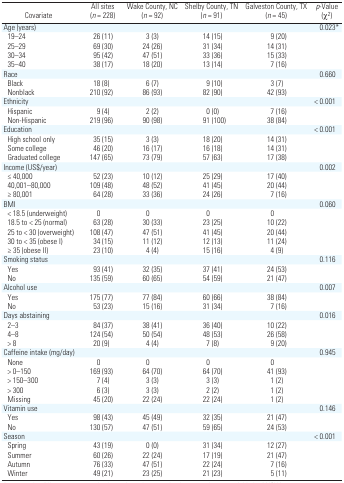
<table><thead><tr><td><b>Covariate</b></td><td><b>All sites (<i>n</i> = 228)</b></td><td><b>Wake County, NC (<i>n</i> = 92)</b></td><td><b>Shelby County, TN (<i>n</i> = 91)</b></td><td><b>Galveston County, TX (<i>n</i> = 45)</b></td><td><b><i>p</i>-Value (χ<sup>2</sup>)</b></td></tr></thead><tbody><tr><td>Age (years)</td><td></td><td></td><td></td><td></td><td>0.023*</td></tr><tr><td> 19–24</td><td>26 (11)</td><td>3 (3)</td><td>14 (15)</td><td>9 (20)</td><td></td></tr><tr><td> 25–29</td><td>69 (30)</td><td>24 (26)</td><td>31 (34)</td><td>14 (31)</td><td></td></tr><tr><td> 30–34</td><td>95 (42)</td><td>47 (51)</td><td>33 (36)</td><td>15 (33)</td><td></td></tr><tr><td> 35–40</td><td>38 (17)</td><td>18 (20)</td><td>13 (14)</td><td>7 (16)</td><td></td></tr><tr><td>Race</td><td></td><td></td><td></td><td></td><td>0.660</td></tr><tr><td> Black</td><td>18 (8)</td><td>6 (7)</td><td>9 (10)</td><td>3 (7)</td><td></td></tr><tr><td> Nonblack</td><td>210 (92)</td><td>86 (93)</td><td>82 (90)</td><td>42 (93)</td><td></td></tr><tr><td>Ethnicity</td><td></td><td></td><td></td><td></td><td>&lt; 0.001</td></tr><tr><td> Hispanic</td><td>9 (4)</td><td>2 (2)</td><td>0 (0)</td><td>7 (16)</td><td></td></tr><tr><td> Non-Hispanic</td><td>219 (96)</td><td>90 (98)</td><td>91 (100)</td><td>38 (84)</td><td></td></tr><tr><td>Education</td><td></td><td></td><td></td><td></td><td>&lt; 0.001</td></tr><tr><td> High school only</td><td>35 (15)</td><td>3 (3)</td><td>18 (20)</td><td>14 (31)</td><td></td></tr><tr><td> Some college</td><td>46 (20)</td><td>16 (17)</td><td>16 (18)</td><td>14 (31)</td><td></td></tr><tr><td> Graduated college</td><td>147 (65)</td><td>73 (79)</td><td>57 (63)</td><td>17 (38)</td><td></td></tr><tr><td>Income (US$/year)</td><td></td><td></td><td></td><td></td><td>0.002</td></tr><tr><td> ≤ 40,000</td><td>52 (23)</td><td>10 (12)</td><td>25 (29)</td><td>17 (40)</td><td></td></tr><tr><td> 40,001–80,000</td><td>109 (48)</td><td>48 (52)</td><td>41 (45)</td><td>20 (44)</td><td></td></tr><tr><td> ≥ 80,001</td><td>64 (28)</td><td>33 (36)</td><td>24 (26)</td><td>7 (16)</td><td></td></tr><tr><td>BMI</td><td></td><td></td><td></td><td></td><td>0.060</td></tr><tr><td> &lt; 18.5 (underweight)</td><td>0</td><td>0</td><td>0</td><td>0</td><td></td></tr><tr><td> 18.5 to &lt; 25 (normal)</td><td>63 (28)</td><td>30 (33)</td><td>23 (25)</td><td>10 (22)</td><td></td></tr><tr><td> 25 to &lt; 30 (overweight)</td><td>108 (47)</td><td>47 (51)</td><td>41 (45)</td><td>20 (44)</td><td></td></tr><tr><td> 30 to &lt; 35 (obese I)</td><td>34 (15)</td><td>11 (12)</td><td>12 (13)</td><td>11 (24)</td><td></td></tr><tr><td> ≥ 35 (obese II)</td><td>23 (10)</td><td>4 (4)</td><td>15 (16)</td><td>4 (9)</td><td></td></tr><tr><td>Smoking status</td><td></td><td></td><td></td><td></td><td>0.116</td></tr><tr><td> Yes</td><td>93 (41)</td><td>32 (35)</td><td>37 (41)</td><td>24 (53)</td><td></td></tr><tr><td> No</td><td>135 (59)</td><td>60 (65)</td><td>54 (59)</td><td>21 (47)</td><td></td></tr><tr><td>Alcohol use</td><td></td><td></td><td></td><td></td><td>0.007</td></tr><tr><td> Yes</td><td>175 (77)</td><td>77 (84)</td><td>60 (66)</td><td>38 (84)</td><td></td></tr><tr><td> No</td><td>53 (23)</td><td>15 (16)</td><td>31 (34)</td><td>7 (16)</td><td></td></tr><tr><td>Days abstaining</td><td></td><td></td><td></td><td></td><td>0.016</td></tr><tr><td> 2–3</td><td>84 (37)</td><td>38 (41)</td><td>36 (40)</td><td>10 (22)</td><td></td></tr><tr><td> 4–8</td><td>124 (54)</td><td>50 (54)</td><td>48 (53)</td><td>26 (58)</td><td></td></tr><tr><td> &gt; 8</td><td>20 (9)</td><td>4 (4)</td><td>7 (8)</td><td>9 (20)</td><td></td></tr><tr><td>Caffeine intake (mg/day)</td><td></td><td></td><td></td><td></td><td>0.945</td></tr><tr><td> None</td><td>0</td><td>0</td><td>0</td><td>0</td><td></td></tr><tr><td> &gt; 0–150</td><td>169 (93)</td><td>64 (70)</td><td>64 (70)</td><td>41 (93)</td><td></td></tr><tr><td> &gt; 150–300</td><td>7 (4)</td><td>3 (3)</td><td>3 (3)</td><td>1 (2)</td><td></td></tr><tr><td> &gt; 300</td><td>6 (3)</td><td>3 (3)</td><td>2 (2)</td><td>1 (2)</td><td></td></tr><tr><td> Missing</td><td>45 (20)</td><td>22 (24)</td><td>22 (24)</td><td>1 (2)</td><td></td></tr><tr><td>Vitamin use</td><td></td><td></td><td></td><td></td><td>0.146</td></tr><tr><td> Yes</td><td>98 (43)</td><td>45 (49)</td><td>32 (35)</td><td>21 (47)</td><td></td></tr><tr><td> No</td><td>130 (57)</td><td>47 (51)</td><td>59 (65)</td><td>24 (53)</td><td></td></tr><tr><td>Season</td><td></td><td></td><td></td><td></td><td>&lt; 0.001</td></tr><tr><td> Spring</td><td>43 (19)</td><td>0 (0)</td><td>31 (34)</td><td>12 (27)</td><td></td></tr><tr><td> Summer</td><td>60 (26)</td><td>22 (24)</td><td>17 (19)</td><td>21 (47)</td><td></td></tr><tr><td> Autumn</td><td>76 (33)</td><td>47 (51)</td><td>22 (24)</td><td>7 (16)</td><td></td></tr><tr><td> Winter</td><td>49 (21)</td><td>23 (25)</td><td>21 (23)</td><td>5 (11)</td><td></td></tr></tbody></table>